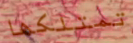
تمتلكها